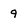
Character: 9